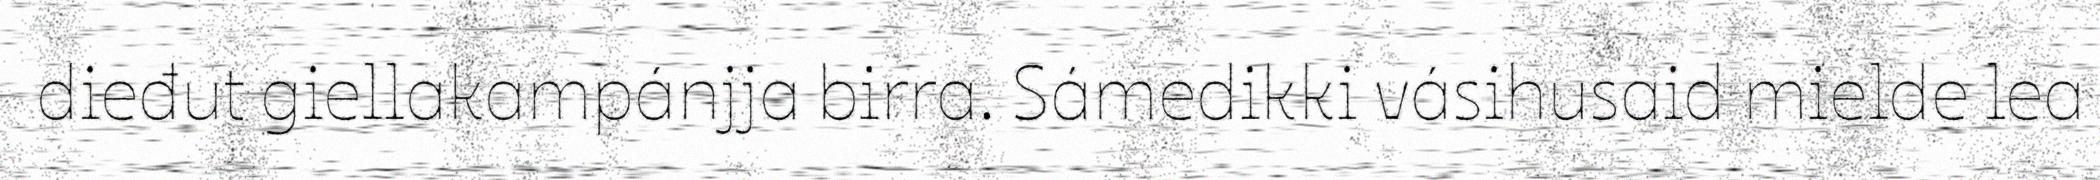
dieđut giellakampánjja birra. Sámedikki vásihusaid mielde lea